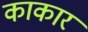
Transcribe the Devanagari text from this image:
काकार